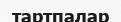
тартпалар